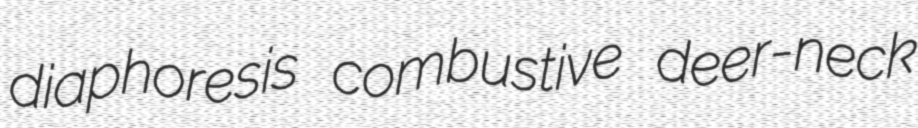
diaphoresis combustive deer-neck